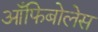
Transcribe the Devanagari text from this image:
आँफिबोलेस